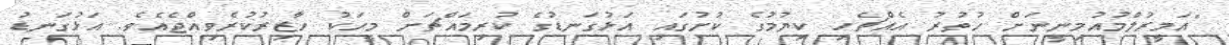
"އަމީރުލްމުއުމިނީނަށް ހުތުރު އެއްޗެހި ކިޔުމުގެ ކުށުގައި އަޅުގަނޑުގެ ކުރިމައްޗަށް މީހަކު ހާޒިރުކުރެވިއްޖެއެވެ. އަޅުގަނޑު